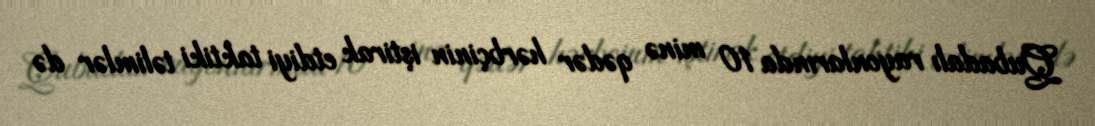
Qubadalı rayonlarında 10 minə qədər hərbçinin iştirak etdiyi taktiki təlimlər də